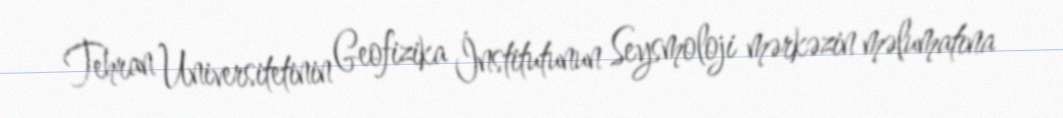
Tehran Universitetinin Geofizika İnstitutunun Seysmoloji mərkəzin məlumatına